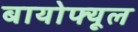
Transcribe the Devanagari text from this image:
बायोफ्यूल